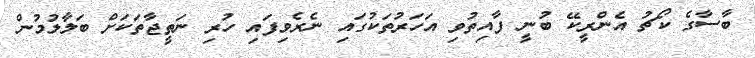
ބާސާގެ ކޯޗު އެންރީކޭ ބުނީ ފާއިތުވި އަހަރުތަކުގައި ނެރެވިފައި ހުރި ނަތީޖާތަކަށް ބަލާލުމުން